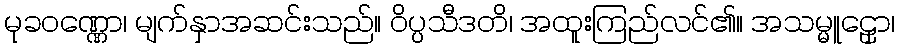
မုခဝဏ္ဏော၊ မျက်နှာအဆင်းသည်။ ဝိပ္ပသီဒတိ၊ အထူးကြည်လင်၏။ အသမ္မူဠှော၊